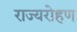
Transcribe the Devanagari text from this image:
राज्यरोहण